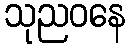
သုညဝနေ